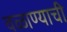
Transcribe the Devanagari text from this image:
वळाण्याची